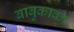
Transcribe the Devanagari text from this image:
बाबुकाका